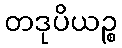
တဒုပိယဉ္စ